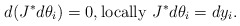
\begin{align*}d(J^*d\theta_i)=0,\mbox{locally } J^*d\theta_i=dy_i.\end{align*}